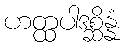
ဟတ္ထပါဒစ္ဆိန္နံ